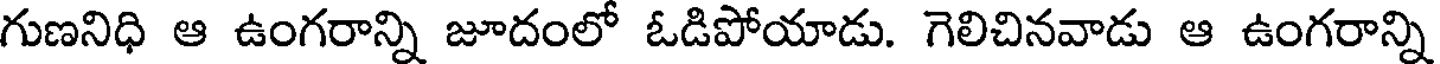
గుణనిధి ఆ ఉంగరాన్ని జూదంలో ఓడిపోయాడు. గెలిచినవాడు ఆ ఉంగరాన్ని